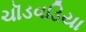
ચૉડવડિયા